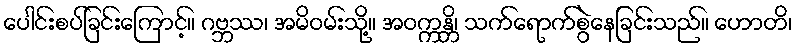
ပေါင်းစပ်ခြင်းကြောင့်။ ဂဗ္ဘဿ၊ အမိဝမ်းသို့။ အဝက္ကန္တိ၊ သက်ရောက်စွဲနေခြင်းသည်။ ဟောတိ၊